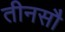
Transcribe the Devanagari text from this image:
तीनसौ